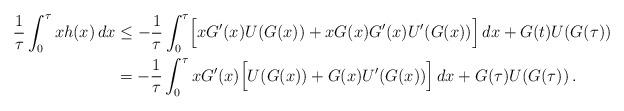
LaTeX: \begin{align*} \frac{1}{\tau}\int_0^\tau x h(x)\, dx &\leq - \frac{1}{\tau}\int_0^\tau \Bigl[x G'(x)U(G(x))+xG(x)G'(x)U'(G(x))\Bigr]\, dx + G(t)U(G(\tau)) \\ &= - \frac{1}{\tau}\int_0^\tau xG'(x)\Bigl[U(G(x))+G(x)U'(G(x))\Bigr]\, dx + G(\tau)U(G(\tau))\, .\end{align*}